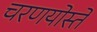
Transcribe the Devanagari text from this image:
चरणयोस्ते